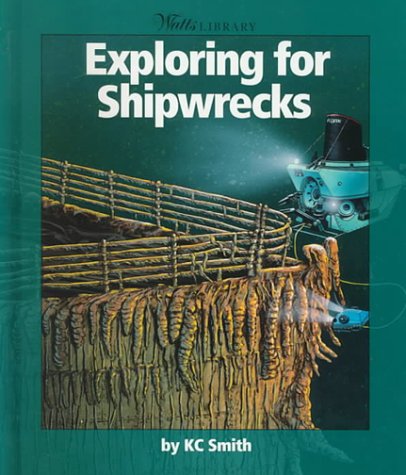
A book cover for Exploring for Shipwrecks (Watts Library); KC Smith; Children's Books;